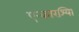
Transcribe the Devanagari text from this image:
एन्कारश्यिा